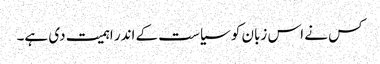
کس نے اس زبان کو سیاست کے اندر اہمیت دی ہے۔